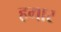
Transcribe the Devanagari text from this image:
हगार